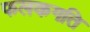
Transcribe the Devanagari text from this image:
फलकगति